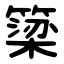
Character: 簗